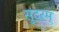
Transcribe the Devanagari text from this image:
सुंदरम्‌